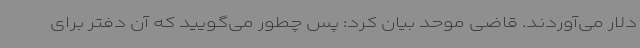
دلار می‌آوردند. قاضی موحد بیان کرد: پس چطور می‌گویید که آن دفتر برای